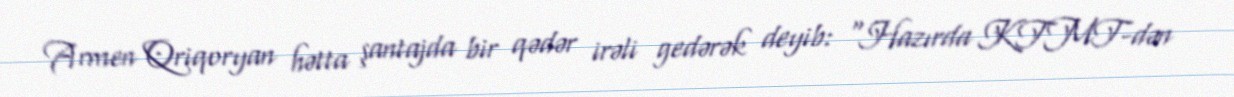
Armen Qriqoryan hətta şantajda bir qədər irəli gedərək deyib: “Hazırda KTMT-dən